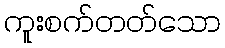
ကူးစက်တတ်သော